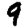
Digit: 9